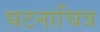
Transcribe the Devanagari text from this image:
घटनाचित्र